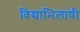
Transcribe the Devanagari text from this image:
विद्याभिलाषी